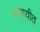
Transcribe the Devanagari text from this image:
बागायीत